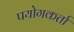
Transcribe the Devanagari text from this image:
पयोगकर्ता